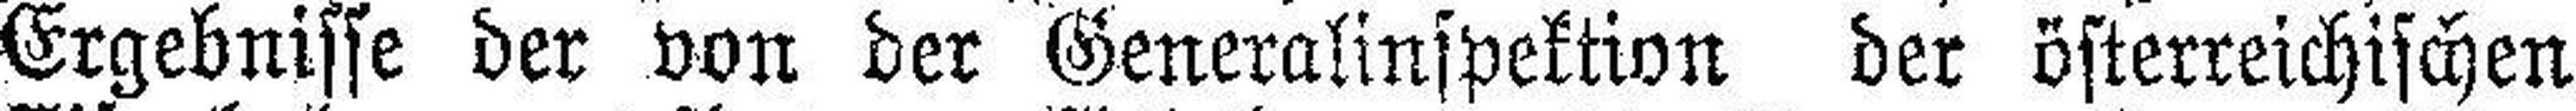
Ergebnisse der von der Generalinspektion der österreichischen